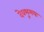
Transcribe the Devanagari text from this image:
देवभूमयः